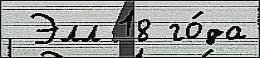
 Элл 18 го́да